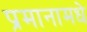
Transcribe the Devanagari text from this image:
प्रमानामधे